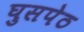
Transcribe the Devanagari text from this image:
घुसपेठ